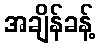
အချိန်ခန့်